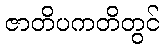
ဇာတိပကတိတွင်